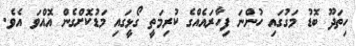
ހިތަދޫ ބޮޑު މަގުގައި ހުންނަ ފިހާރައެއްގެ ކުރިމަތީ ގޯޅީގައި މަޑުކޮށްގެން އޮއްވަ އެވެ.